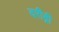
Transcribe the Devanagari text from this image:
दरीद्री